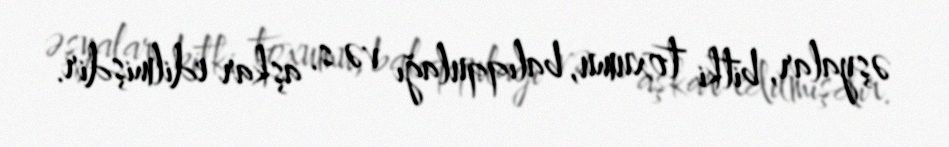
əşyalar, bitki toxumu, balıqqulağı və s. aşkar edilmişdir.